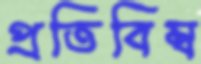
প্রতিবিম্ব